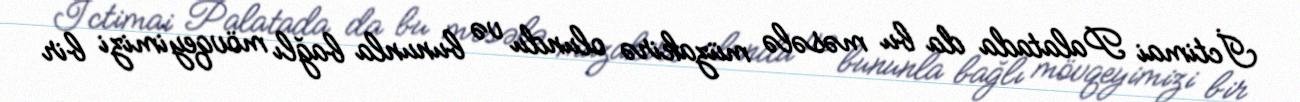
İctimai Palatada da bu məsələ müzakirə olundu və bununla bağlı mövqeyimizi bir